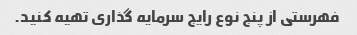
فهرستی از پنج نوع رایج سرمایه گذاری تهیه کنید.